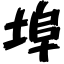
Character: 埠